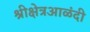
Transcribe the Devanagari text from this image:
श्रीक्षेत्रआळंदी